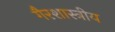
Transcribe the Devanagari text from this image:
गैरशास्त्रीय